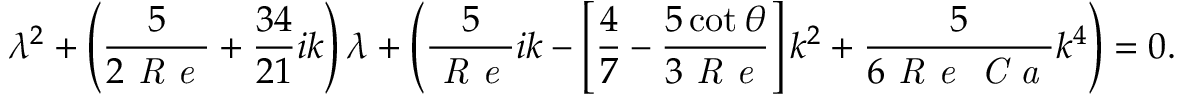
\lambda ^ { 2 } + \left( \frac { 5 } { 2 \mathrm { \textit { R e } } } + \frac { 3 4 } { 2 1 } i k \right) \lambda + \left( \frac { 5 } { \mathrm { \textit { R e } } } i k - \left[ \frac { 4 } { 7 } - \frac { 5 \cot \theta } { 3 \mathrm { \textit { R e } } } \right] k ^ { 2 } + \frac { 5 } { 6 \mathrm { \textit { R e } } \mathrm { \textit { C a } } } k ^ { 4 } \right) = 0 .